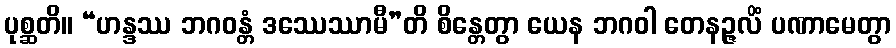
ပုစ္ဆတိ။ “ဟန္ဒဿ ဘဂဝန္တံ ဒဿေဿာမီ”တိ စိန္တေတွာ ယေန ဘဂဝါ တေနဉ္ဇလိံ ပဏာမေတွာ